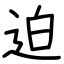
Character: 迫